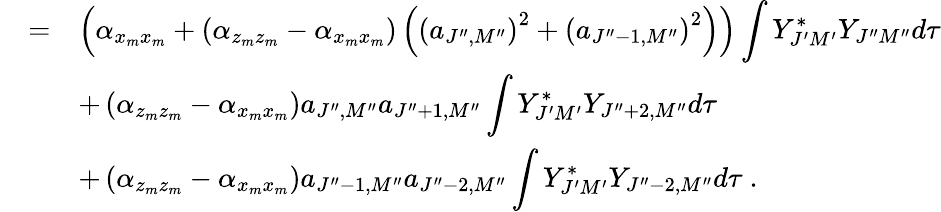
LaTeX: \begin{array}{rcl}{{}}&{{=}}&{{\left(\alpha_{x_{m}x_{m}}+\left(\alpha_{z_{m}z_{m}}-\alpha_{x_{m}x_{m}}\right)\left(\left(a_{J^{\prime\prime},M^{\prime\prime}}\right)^{2}+\left(a_{J^{\prime\prime}-1,M^{\prime\prime}}\right)^{2}\right)\right)\displaystyle\int Y_{J^{\prime}M^{\prime}}^{\ast}Y_{J^{\prime\prime}M^{\prime\prime}}d\tau}}\\ {{}}&{{}}&{{+\left(\alpha_{z_{m}z_{m}}-\alpha_{x_{m}x_{m}}\right)a_{J^{\prime\prime},M^{\prime\prime}}a_{J^{\prime\prime}+1,M^{\prime\prime}}\displaystyle\int Y_{J^{\prime}M^{\prime}}^{\ast}Y_{J^{\prime\prime}+2,M^{\prime\prime}}d\tau}}\\ {{}}&{{}}&{{+\left(\alpha_{z_{m}z_{m}}-\alpha_{x_{m}x_{m}}\right)a_{J^{\prime\prime}-1,M^{\prime\prime}}a_{J^{\prime\prime}-2,M^{\prime\prime}}\displaystyle\int Y_{J^{\prime}M^{\prime}}^{\ast}Y_{J^{\prime\prime}-2,M^{\prime\prime}}d\tau~.}}\end{array}